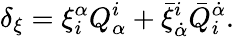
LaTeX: \delta_{\xi}=\xi_{i}^{\alpha}Q_{\alpha}^{i}+\bar{\xi}_{\dot{\alpha}}^{i}\bar{Q}_{i}^{\dot{\alpha}}.